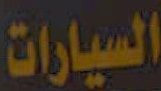
السيارات